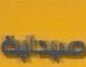
صبحية